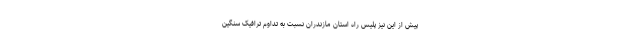
پیش از این نیز پلیس راه استان مازندران نسبت به تداوم ترافیک سنگین